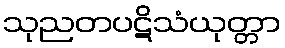
သုညတပဋိသံယုတ္တာ